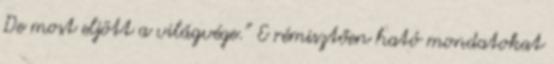
De most eljött a világvége.” E rémisztően ható mondatokat